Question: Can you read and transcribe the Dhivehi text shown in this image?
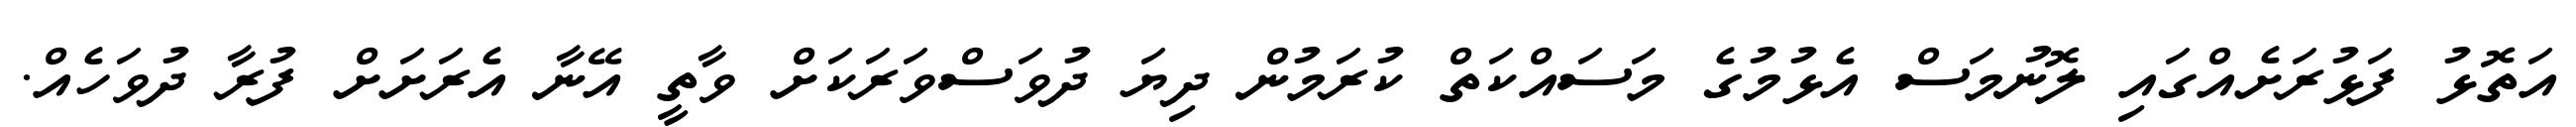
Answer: އަތޮޅު ފަޅުރަށެއްގައި ލޮނުމަސް އެޅުމުގެ މަސައްކަތް ކުރަމުން ދިޔަ ދުވަސްވަރަކަށް ވާތީ އޭނާ އެރަށަށް ފުރާ ދުވަހެއް.